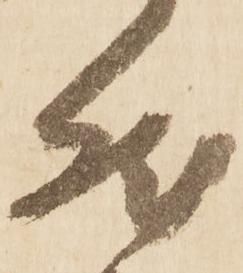
然